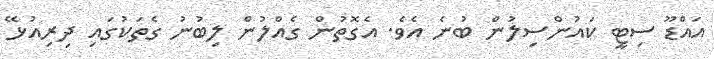
އައްޑޫ ސިޓީ ކައުންސިލުން ބުނެ އެވެ. އެގޮތުން ގެއްލުން ލިބުނު ގެތަކުގައި ދިރިއުޅޭ